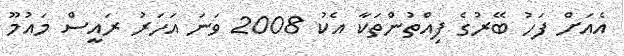
އެއަށް ފަހު ބޭރުގެ ފިއްތުންތަކާ އެކު 2008 ވަނަ އަހަރު ރައީސް މައުމޫ